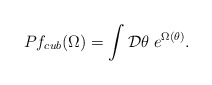
\begin{align*}Pf_{cub}(\Omega)=\int {\cal D}\theta\; e^{\Omega(\theta)}.\end{align*}